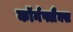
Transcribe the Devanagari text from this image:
कॉर्नफ्लैक्स